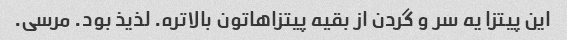
این پیتزا یه سر و گردن از بقیه پیتزاهاتون بالاتره. لذیذ بود. مرسی.